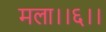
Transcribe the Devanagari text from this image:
मला।।६।।